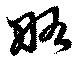
略